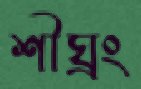
শীঘ্রং